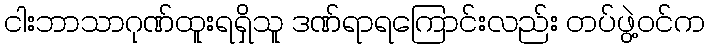
ငါးဘာသာဂုဏ်ထူးရရှိသူ ဒဏ်ရာရကြောင်းလည်း တပ်ဖွဲ့ဝင်က